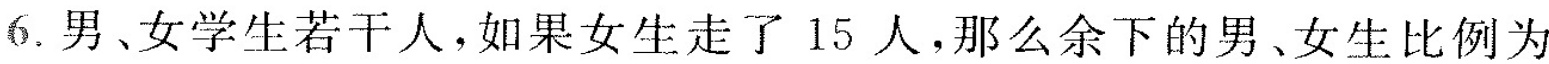
6.男、女学生若干人，如果女生走了15人，那么余下的男、女生比例为